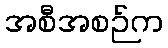
အစီအစဉ်က